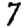
Digit: 7